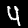
Digit: 4